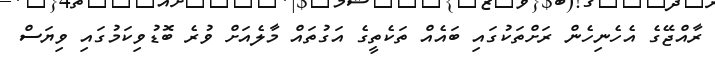
ރާއްޖޭގެ އެހެނިހެން ރަށްތަކުގައި ބައެއް ތަކެތީގެ އަގުތައް މާލެއަށް ވުރެ ބޮޑުވިކަމުގައި ވިޔަސް